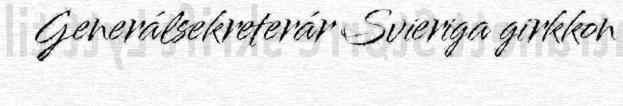
Generálsekreterár Svieriga girkkon